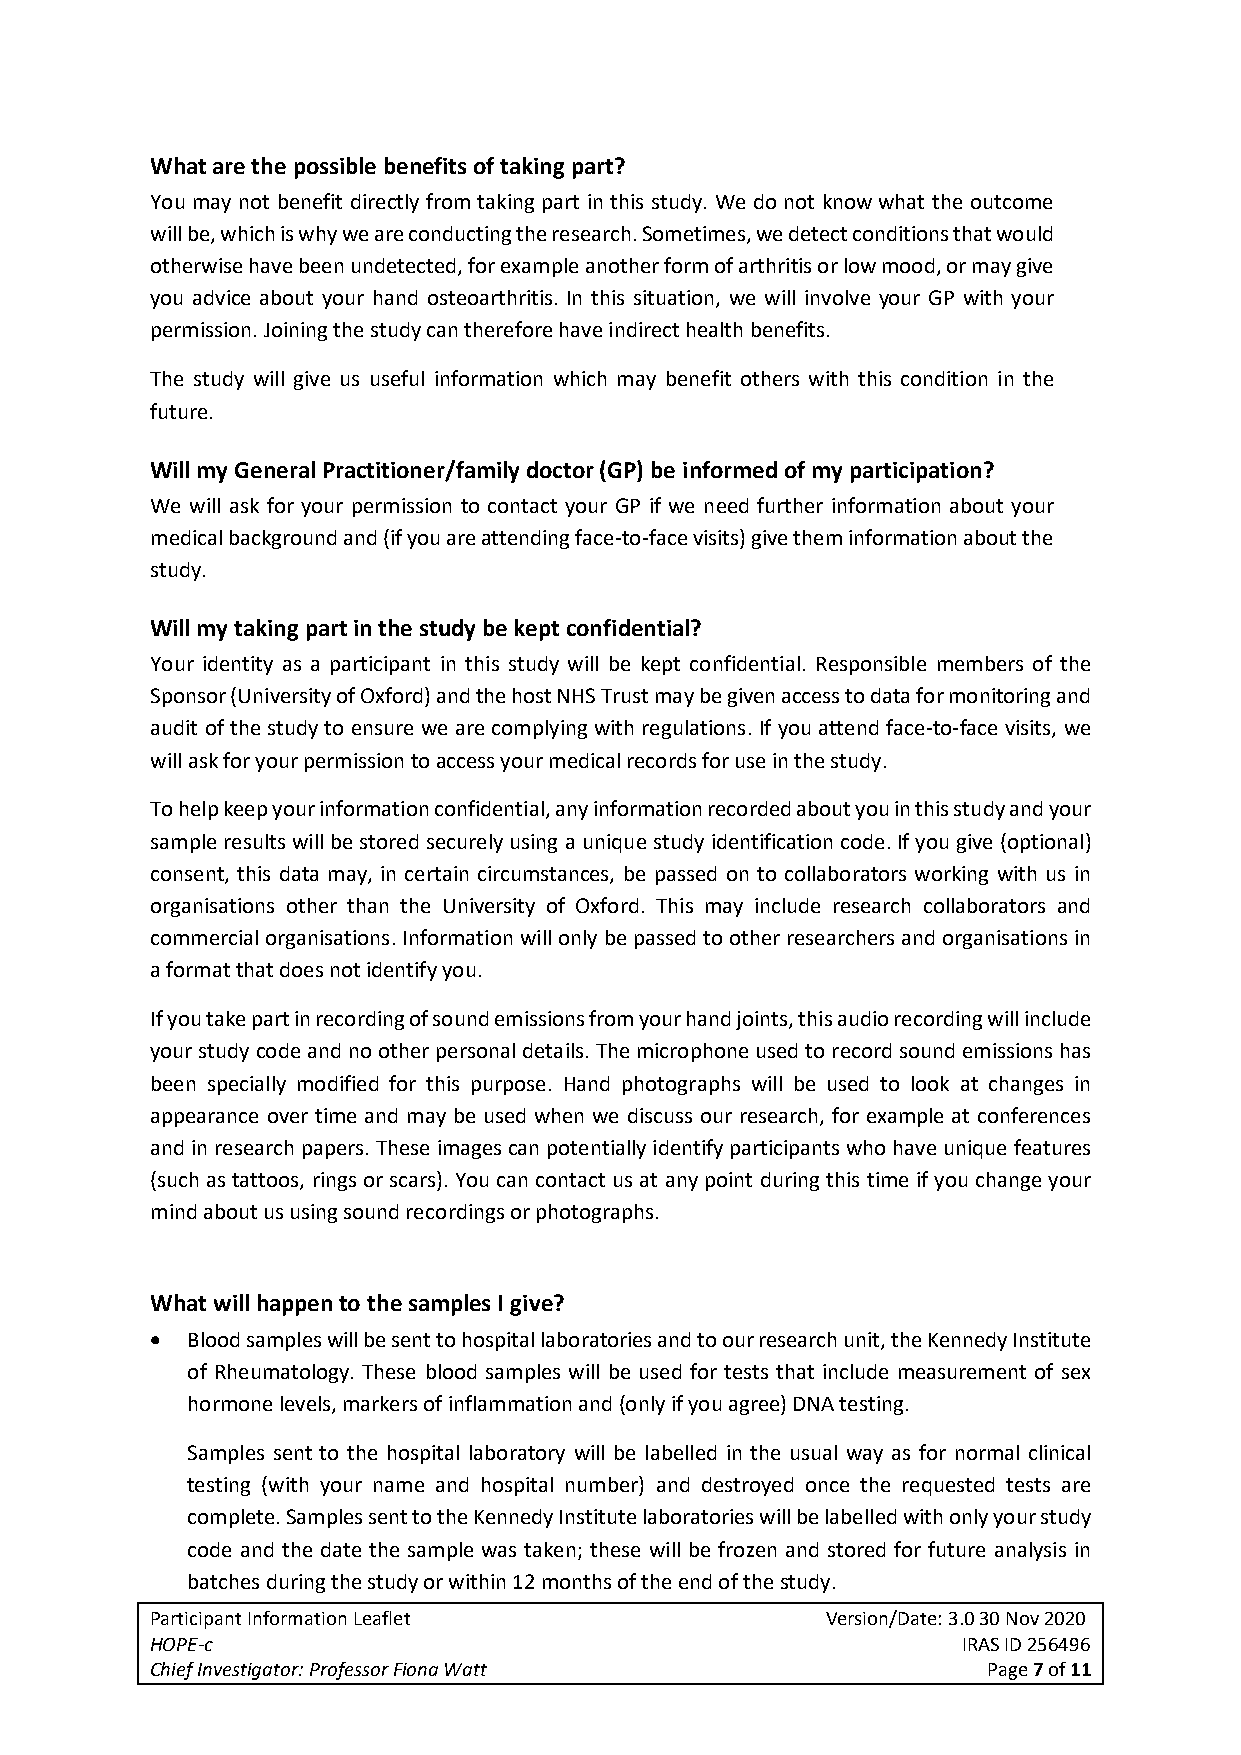
What are the possible benefits of taking part?
 You may not benefit directly from taking part in this study. We do not know what the outcome
 will be, which is why we are conducting the research. Sometimes, we detect conditions that would
 otherwise have been undetected, for example another form of arthritis or low mood, or may give
 you advice about your hand osteoarthritis. In this situation, we will involve your GP with your
 permission. Joining the study can therefore have indirect health benefits.
 The study will give us useful information which may benefit others with this condition in the
 future.
 Will my General Practitioner/family doctor (GP) be informed of my participation?
 We will ask for your permission to contact your GP if we need further information about your
 medical background and (if you are attending face-to-face visits) give them information about the
 study.
 Will my taking part in the study be kept confidential?
 Your identity as a participant in this study will be kept confidential. Responsible members of the
 Sponsor (University of Oxford) and the host NHS Trust may be given access to data for monitoring and
 audit of the study to ensure we are complying with regulations. If you attend face-to-face visits, we
 will ask for your permission to access your medical records for use in the study.
 To help keep your information confidential, any information recorded about you in this study and your
 sample results will be stored securely using a unique study identification code. If you give (optional)
 consent, this data may, in certain circumstances, be passed on to collaborators working with us in
 organisations other than the University of Oxford. This may include research collaborators and
 commercial organisations. Information will only be passed to other researchers and organisations in
 a format that does not identify you.
 If you take part in recording of sound emissions from your hand joints, this audio recording will include
 your study code and no other personal details. The microphone used to record sound emissions has
 been specially modified for this purpose. Hand photographs will be used to look at changes in
 appearance over time and may be used when we discuss our research, for example at conferences
 and in research papers. These images can potentially identify participants who have unique features
 (such as tattoos, rings or scars). You can contact us at any point during this time if you change your
 mind about us using sound recordings or photographs.
 What will happen to the samples I give?
 • Blood samples will be sent to hospital laboratories and to our research unit, the Kennedy Institute
 of Rheumatology. These blood samples will be used for tests that include measurement of sex
 hormone levels, markers of inflammation and (only if you agree) DNA testing.
 Samples sent to the hospital laboratory will be labelled in the usual way as for normal clinical
 testing (with your name and hospital number) and destroyed once the requested tests are
 complete. Samples sent to the Kennedy Institute laboratories will be labelled with only your study
 code and the date the sample was taken; these will be frozen and stored for future analysis in
 batches during the study or within 12 months of the end of the study.
 Participant Information Leaflet              Version/Date: 3.0 30 Nov 2020
 HOPE-c                                                IRAS ID 256496
 Chief Investigator: Professor Fiona Watt               Page 7 of 11